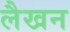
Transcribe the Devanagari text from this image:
लैखन